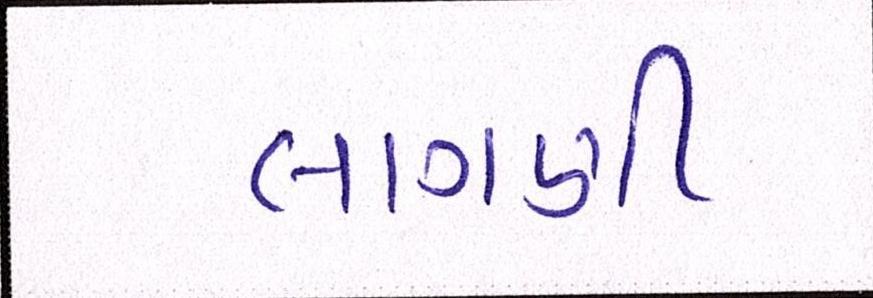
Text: લાગણી